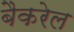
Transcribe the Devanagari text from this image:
बैकरेल